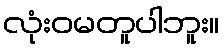
လုံးဝမတူပါဘူး။